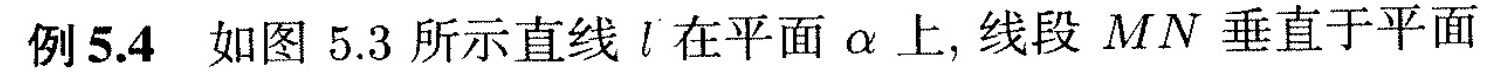
例5.4 如图5.3 所示直线 \iota 在平面α上 ，线段MN垂直于平面